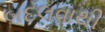
બદલવાથી